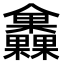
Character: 𣡰